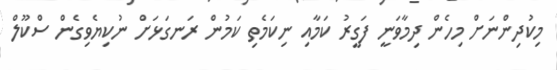
މިކުދިންނަށް މިހެން ދިމާވަނީ ފަގީރު ކަމާއި ނިކަމެތި ކަމުން ރަނގަޅަށް ނުކިޔެވިގެން ސްކޫލް